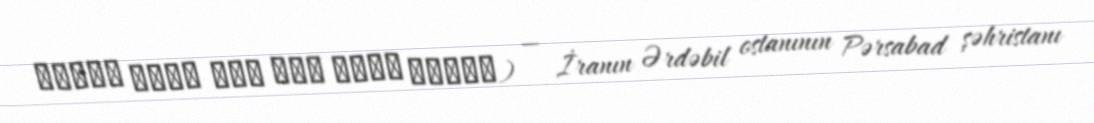
قشلاق قبله گاه اله وردي وپاپر) — İranın Ərdəbil ostanının Pərsabad şəhristanı